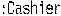
:CASHIER